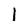
Character: l